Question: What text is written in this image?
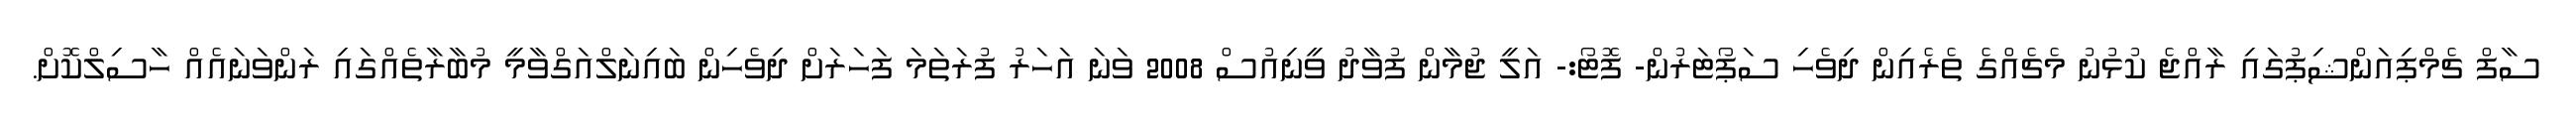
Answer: ސާފް ޗެމްޕިއަންޝިޕުގައި ރާއްޖެ ކުޅުނު މެޗެއްގެ ތެރެއިން ދިވެހި ސަޕޯޓަރުން- ފޮޓޯ:- އަލީ ޖުމާން ފުވާދު ވީނިއުސް 2008 ވަނަ އަހަރު ފުރަތަމަ ފަހަރަށް ދިވެހިން ބައިނަލްއަގްވާމީ މުބާރާތެއްގައި ރަންވަނައެއް ހާސިލްކޮށް.